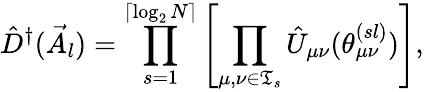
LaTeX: \hat{D}^{\dagger}(\vec{A}_{l})=\prod_{s=1}^{\lceil\log_{2}N\rceil}\left[\prod_{\mu,\nu\in\mathfrak{T}_{s}}\hat{U}_{\mu\nu}(\theta_{\mu\nu}^{(sl)})\right],